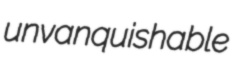
unvanquishable